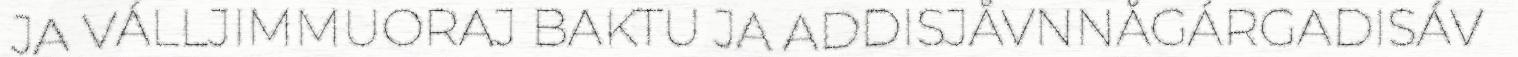
JA VÁLLJIMMUORAJ BAKTU JA ADDISJÅVNNÅGÁRGADISÁV